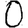
Digit: 0